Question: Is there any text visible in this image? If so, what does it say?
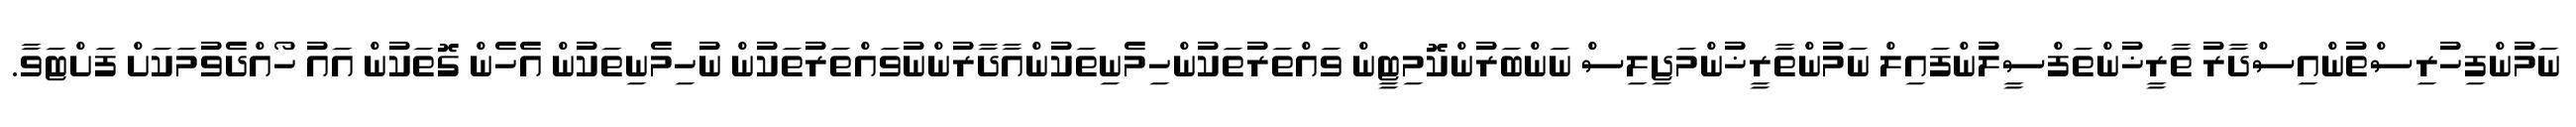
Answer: ނަމުންފިހުރިސްތުންއިސްދާރު ތާރީޚުންތަފްސީލުންފައިލް ނަމުންތާރީޚުންމަޖިލިސް ނަންބަރުންކޮމިޓީން ވައްތަރުތަކުންހިމެނިތަކުންއާދާރުންނުވައްތަރުތަކުން ނުހިމެނިތަކުން އެހެން ގޮތަކުން އައު ހޯއްދެވުމަކަށް ފަށްޓަވާ.